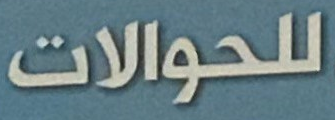
للحوالات